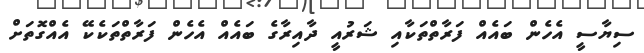
ސިޔާސީ އެހެން ބައެއް ފަރާތްތަކާއި ޝަރުއީ ދާއިރާގެ ބައެއް އެހެން ފަރާތްތަކެކޭ އެއްގޮތަށް